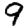
Digit: 9